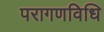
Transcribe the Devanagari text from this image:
परागणविधि